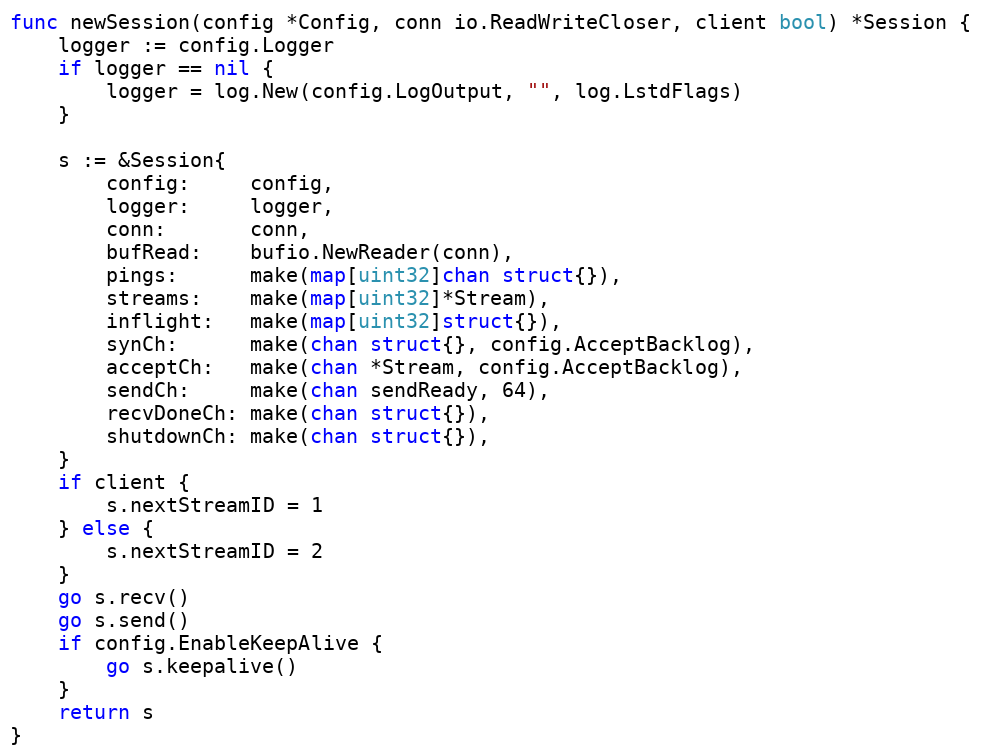
Language: Go
func newSession(config *Config, conn io.ReadWriteCloser, client bool) *Session {
	logger := config.Logger
	if logger == nil {
		logger = log.New(config.LogOutput, "", log.LstdFlags)
	}

	s := &Session{
		config:     config,
		logger:     logger,
		conn:       conn,
		bufRead:    bufio.NewReader(conn),
		pings:      make(map[uint32]chan struct{}),
		streams:    make(map[uint32]*Stream),
		inflight:   make(map[uint32]struct{}),
		synCh:      make(chan struct{}, config.AcceptBacklog),
		acceptCh:   make(chan *Stream, config.AcceptBacklog),
		sendCh:     make(chan sendReady, 64),
		recvDoneCh: make(chan struct{}),
		shutdownCh: make(chan struct{}),
	}
	if client {
		s.nextStreamID = 1
	} else {
		s.nextStreamID = 2
	}
	go s.recv()
	go s.send()
	if config.EnableKeepAlive {
		go s.keepalive()
	}
	return s
}